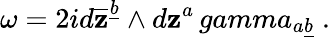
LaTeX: \omega=2id\overline{{{\mathbf z}}}^{\underline{{b}}}\wedge d{\mathbf z}^{a}\, gamma_{a\underline{{b}}}\ .